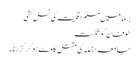
برما میں مسلم اقلیت کی نسل کشی
طوفان کو شکست
جامعہ حفصہ کی مقتل گا ہ سے ہو کر گزرنا ۔